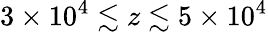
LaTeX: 3\times 10^{4}\lesssim z\lesssim 5\times 10^{4}